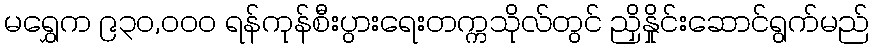
မရွှေက ၉၃၀,ဝဝဝ ရန်ကုန်စီးပွားရေးတက္ကသိုလ်တွင် ညှိနှိုင်းဆောင်ရွက်မည်